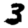
Digit: 3